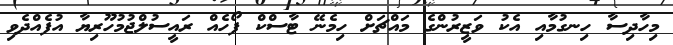
މިހާދިސާ ހިނގުމާއި އެކު ވަޒީރުންގެ މައްޗަށް ހިމެނޭ ޓާސްކް ފޯހެއް ރައީސުލްޖުމުހޫރިޔާ އުފެއްދެވި